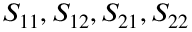
S _ { 1 1 } , S _ { 1 2 } , S _ { 2 1 } , S _ { 2 2 }